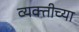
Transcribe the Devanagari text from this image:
व्‍यक्‍तीच्‍या